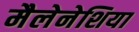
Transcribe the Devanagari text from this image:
मैलेनेशिया